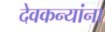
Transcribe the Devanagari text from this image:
देवकन्यांना